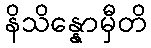
နိသိန္နောမှီတိ